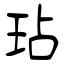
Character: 玷